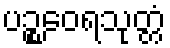
ပဉ္စဝေရသုတ္တံ